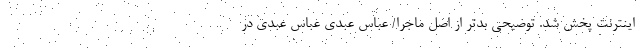
اینترنت پخش شد. توضیحی بدتر از اصل ماجرا/ عباس عبدی عباس عبدی در